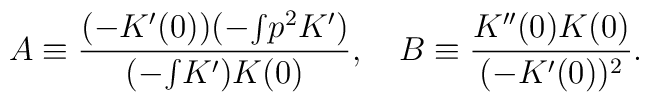
A\equiv        \frac{(-K'(0))(-{\textstyle\int}p^2K')}{(-{\textstyle\int}K')K(0)},        \ \ \      B\equiv\frac{K''(0)K(0)}{(-K'(0))^2}.